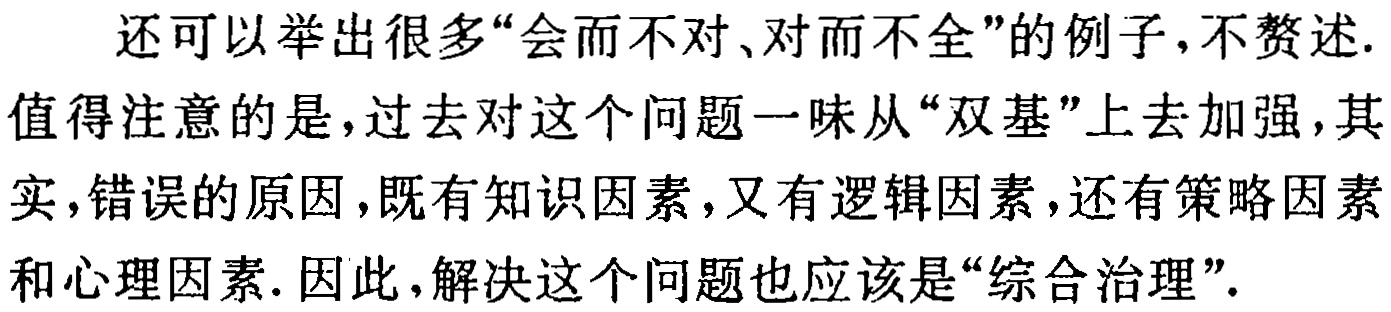
还可以举出很多“会而不对、对而不全”的例子,不赘述.值得注意的是,过去对这个问题一味从“双基”上去加强,其实,错误的原因,既有知识因素,又有逻辑因素,还有策略因素和心理因素. 因此,解决这个问题也应该是“综合治理”.